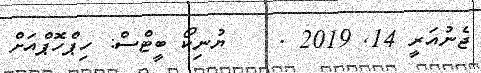
ޖެނުއަރީ 14